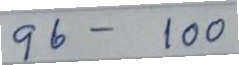
96 - 100